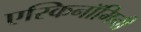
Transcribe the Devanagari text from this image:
एस्किनॉमिनी